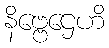
နိဗ္ဗေဌေဟိ